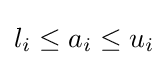
l_{i}\leq a_{i}\leq u_{i}